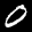
Digit: 0